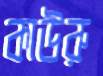
কাউরু